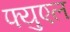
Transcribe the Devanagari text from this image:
फ्युएल